Annual vaccination report of Bihar and Orissa - 1911-1928
Year: 1911
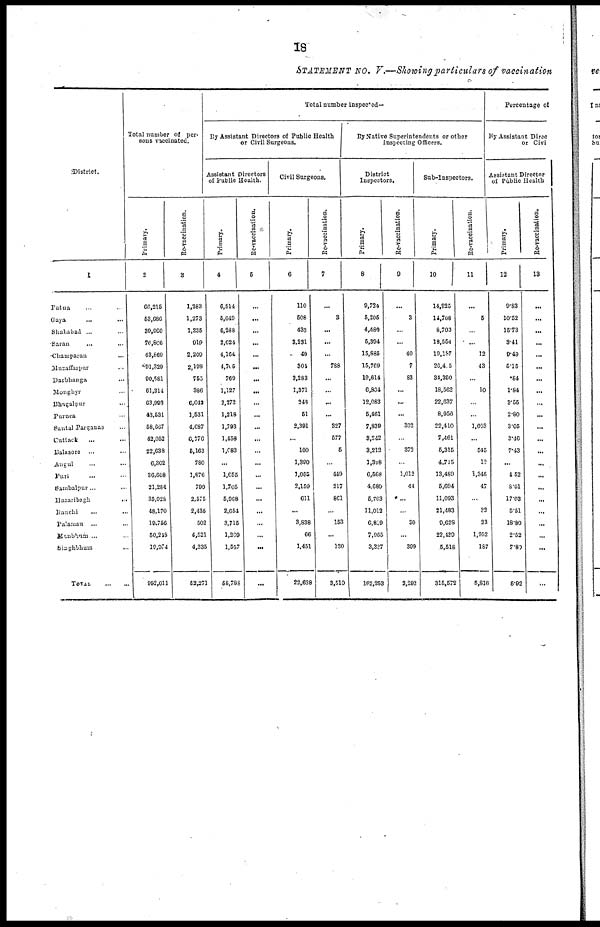
18
STATEMENT NO. V.—Showing particulars of vaccination
District.
1
Patna ... ...
Gaya
... ...
Shahabad ... ...
Saran
... ...
Champaran ...
Muzaffarpur ...
Darbhanga ...
Monghyr ...
Bhagalpur ...
Purnea ...
Santal Parganas ...
Cuttack
...
Balasore ... ...
Angul ... ...
Puri ... ...
Sambalpur... ...
Hazaribagh
...
Ranchi ... ...
Palamau ... ...
Manbhum ... ...
Singhbhum ...
TOTAL
...
...
Total number of per¬
sons vaccinated.
Primary.
2
66,215
53,686
39,960
76,806
43,869
91,320
90,581
61,314
63,993
43,631
58,667
42,052
22,638
6,302
36,608
21,284
35,028
48,170
10,756
50,218
10,974
992,011
Re-vaccination.
3
1,283
1,273
1,235
919
2,200
2,198
755
386
6,642
1,531
4,687
6,776
5,163
780
1,876
790
2,575
2,435
502
4,521
4,335
52,271
Total number inspected—
By Assistant Directors of Public Health
or Civil Surgeons.
Assistant Directors
of Public Health.
Primary.
4
6,514
5,649
6,288
2,624
4,164
4,705
769
1,127
3,373
1,218
1,793
1,458
1,683
...
1,655
1,705
5,968
2,654
3,715
1,269
1,557
58,783
Re-vaccination.
5
...
...
...
...
...
...
...
...
...
...
...
...
...
...
...
...
...
...
...
...
...
...
Civil Surgeons.
Primary.
6
110
508
433
3,231
40
304
3,283
1,371
346
51
2,391
...
100
1,390
1,055
2,159
611
...
3,838
66
1,451
22,638
Re-vaccination.
7
...
3
...
...
...
788
...
...
...
...
327
577
5
...
449
217
861
...
153
...
180
3,510
By Native Superintendents or other
Inspecting Officers.
District
Inspectors.
Primary.
8
9,724
5,205
4,489
5,394
15,885
16,769
18,614
6,834
12,083
5,461
7,839
3,242
3,212
1,328
6,568
4,689
5,763
11,012
6,819
7,965
3,337
162,253
Re-vaccination.
9
...
3
...
...
40
7
83
...
...
...
302
...
373
...
1,012
44
...
...
80
...
309
2,293
Sub-Inspectors.
Primary.
10
14,225
14,708
8,703
18,554
10,187
26,415
34,360
18,562
22,637
8,956
22,410
7,461
5,315
4,715
13,489
5,694
11,093
21,483
9,628
22,480
5,518
315,572
Re-vaccination.
11
...
5
...
...
12
43
...
10
...
...
1,603
...
545
12
1,345
47
...
33
23
1,952
187
5,816
Percentage of
By Assistant Direct
or Civil
Assistant Director
of Public Health
Primary.
12
9.83
10.52
15.73
3.41
9.49
5.15
.84
1.84
3.55
2.80
3.05
3.46
7.43
...
4.52
8.01
17.03
5.51
18.80
2.52
7.89
5.92
Re-vaccination.
13
...
...
...
...
...
...
...
...
...
...
...
...
...
...
...
...
...
...
...
...
...
...